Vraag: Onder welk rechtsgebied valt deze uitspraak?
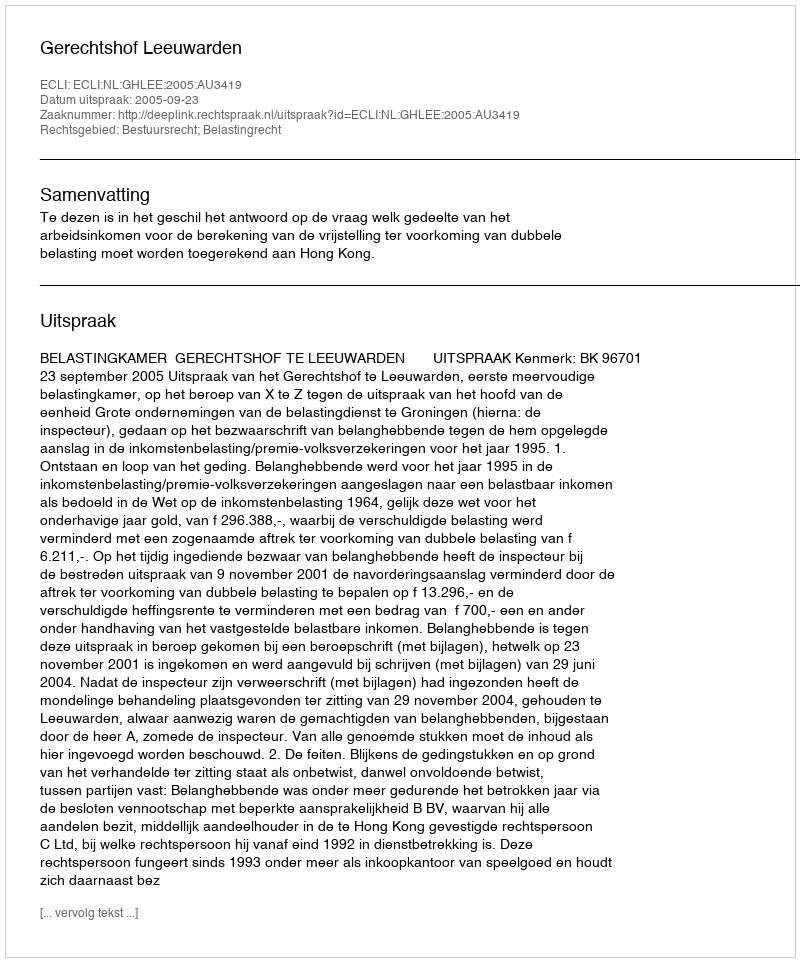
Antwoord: Bestuursrecht; Belastingrecht